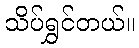
သိပ်ရွှင်တယ်။